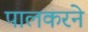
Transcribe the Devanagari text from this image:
पालकरने